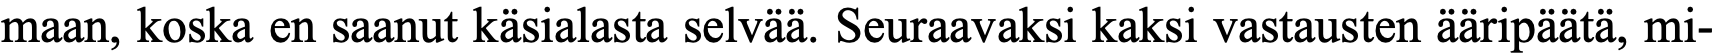
maan, koska en saanut käsialasta selvää. Seuraavaksi kaksi vastausten ääripäätä, mi-